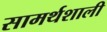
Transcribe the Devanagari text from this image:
सामर्थशाली